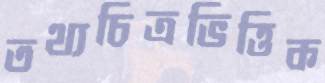
তথ্যচিত্রভিত্তিক